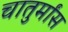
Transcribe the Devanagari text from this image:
चातुर्मांस